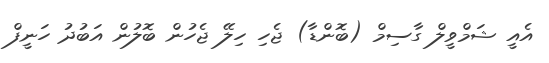
އެއީ ޝަމްވީލް ގާސިމް (ބޮންޑާ) ޖެހި ހިލޭ ޖެހުން ބޮލުން އަބުދު ހަނީފް